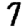
Digit: 7